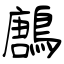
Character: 鶶